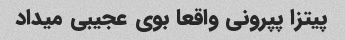
پیتزا پپرونی واقعا بوی عجیبی میداد